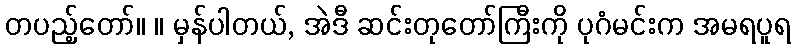
တပည့်တော်။ ။ မှန်ပါတယ်, အဲဒီ ဆင်းတုတော်ကြီးကို ပုဂံမင်းက အမရပူရ